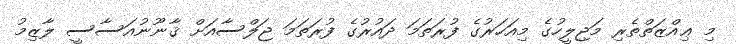
މި ޢިއްޒަތްތެރި މަޖިލީހުގެ މިއަހަރުގެ ފުރަތަމަ ދައުރުގެ ފުރަތަމަ ޖަލްސާއަށް ޤާނޫނުއަސާސީ ލާޒިމު